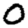
Digit: 0